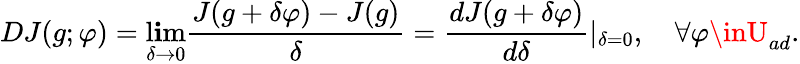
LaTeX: DJ(g;\varphi)=\operatorname*{l\mathbf{i}m}_{\delta\to0}\frac{{J(g+\delta\varphi)-J(g)}}{{\delta}}=\frac{{dJ(g+\delta\varphi)}}{{d\delta}}|_{\delta=0},\quad\forall\varphi\inU_{ad}.